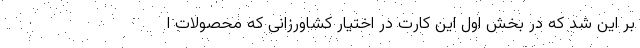
بر این شد که در بخش اول این کارت در اختیار کشاورزانی که محصولات ا